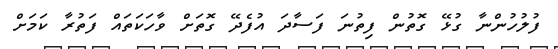
ފުލުހުންނާ ގުޅޭ ގޮތުން ފިތުނަ ފަސާދަ އުފެދޭ ގޮތަށް ވާހަކަތައް ފަތުރާ ކަމަށް